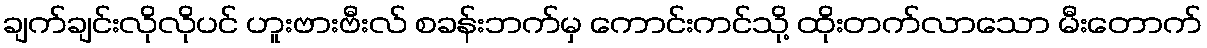
ချက်ချင်းလိုလိုပင် ဟူးဗားဗီးလ် စခန်းဘက်မှ ကောင်းကင်သို့ ထိုးတက်လာသော မီးတောက်